Annual returns of the Patna Lunatic Asylum at Bankipore in Bihar and Orissa - 1912-1924
Year: 1912
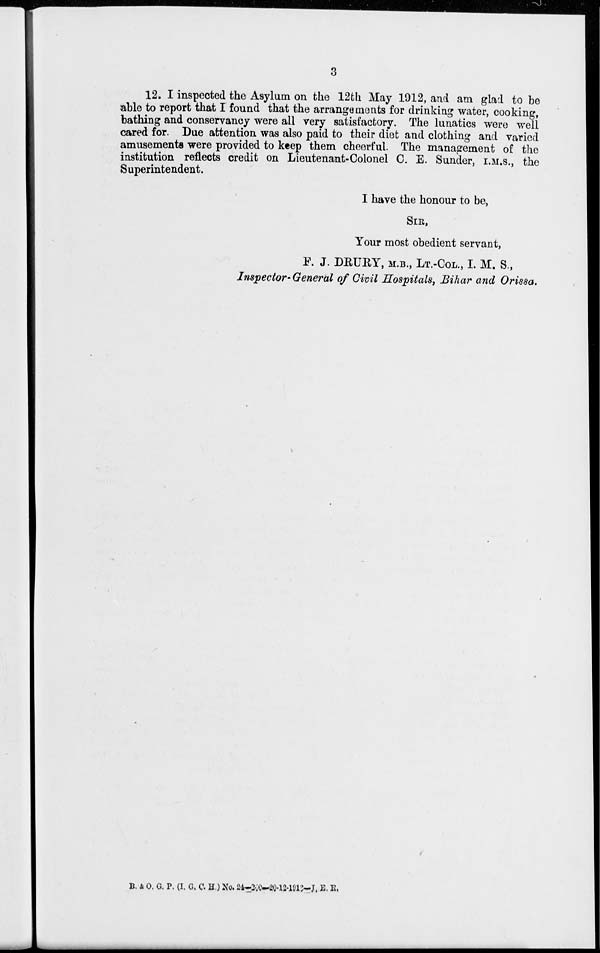
3
12. I inspected the Asylum on the 12th May 1912, and am glad to be
able to report that I found that the arrangements for drinking water, cooking,
bathing and conservancy were all very satisfactory. The lunatics were well
cared for. Due attention was also paid to their diet and clothing and varied
amusements were provided to keep them cheerful. The management of the
institution reflects credit on Lieutenant-Colonel C. E. Sunder, I.M.S., the
Superintendent.
I have the honour to be,
SIR,
Your most obedient servant,
F. J. DRURY, M.B., LT.-COL., I. M. S.,
Inspector-General of Civil Hospitals, Bihar and Orissa.
B. & O. G. P. (I. G. C. H.) No. 24—260-20-12-1912—J. E. R.